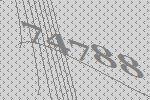
74788